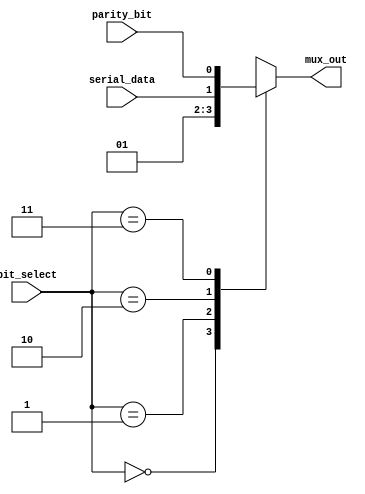
module output_multiplexer # (
    // Bit select values
    parameter [1:0] START_BIT_SELECT = 2'b00,
    parameter [1:0] STOP_BIT_SELECT = 2'b01,
    parameter [1:0] SERIAL_DATA_BIT_SELECT = 2'b10,
    parameter [1:0] PARITY_BIT_SELECT = 2'b11
)
(
    input [1:0] bit_select,
    input serial_data,
    input parity_bit,

    output reg mux_out
);

    always @(*) begin
        case (bit_select)
        START_BIT_SELECT: begin
            mux_out = 1'b0;
        end

        STOP_BIT_SELECT: begin
            mux_out = 1'b1;
        end

        SERIAL_DATA_BIT_SELECT: begin
            mux_out = serial_data;
        end

        PARITY_BIT_SELECT: begin
            mux_out = parity_bit;
        end

        endcase
    end

endmodule